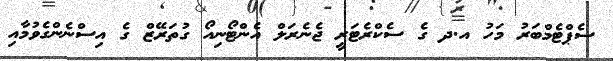
ސެޕްޓެމްބަރު މަހު އ.ދ ގެ ސެކްރެޓަރީ ޖެނެރަލް އެންޓޯނިއޯ ގުތަރޭޒް ގެ އިސްނެންގެވުމާއި